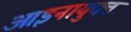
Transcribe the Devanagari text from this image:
आइनायुक्त